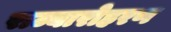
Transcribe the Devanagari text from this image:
राज्यारोहरण